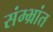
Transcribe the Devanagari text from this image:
संम्भ्रांत